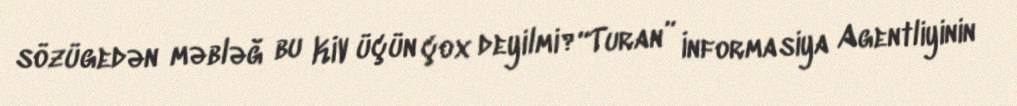
sözügedən məbləğ bu KİV üçün çox deyilmi?“Turan” İnformasiya Agentliyinin